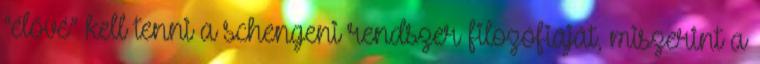
“élővé” kell tenni a schengeni rendszer filozófiáját, miszerint a